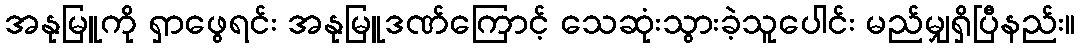
အနုမြူကို ရှာဖွေရင်း အနုမြူဒဏ်ကြောင့် သေဆုံးသွားခဲ့သူပေါင်း မည်မျှရှိပြီနည်း။